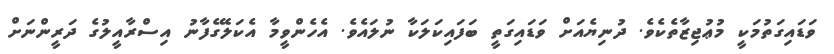
ވަޑައިގަތުމަކީ މުޢުޖިޒާތެކެވެ. ދުނިޔެއަށް ވަޑައިގަތީ ބަފައިކަލަކާ ނުލައެވެ. އެހެންވީމާ އެކަލޭގެފާނު އިސްރާއީލުގެ ދަރީންނަށް